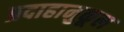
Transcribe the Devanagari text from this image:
प्रदाहानुकूल